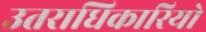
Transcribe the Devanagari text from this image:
उतराधिकारियो